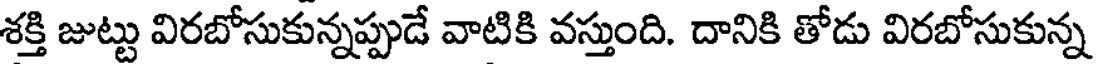
శక్తి జుట్టు విరబోసుకున్నప్పుడే వాటికి వస్తుంది. దానికి తోడు విరబోసుకున్న